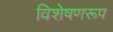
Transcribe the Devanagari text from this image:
विशेषणरूप